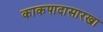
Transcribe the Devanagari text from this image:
काकपादासारखा